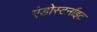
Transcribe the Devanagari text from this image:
एंडोस्टर्नाइट